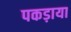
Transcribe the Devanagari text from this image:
पकड़ाया